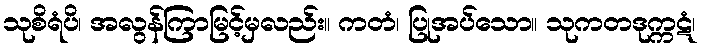
သုစိရံပိ၊ အလွန်ကြာမြင့်မှလည်း။ ကတံ၊ ပြုအပ်သော။ သုကတဒုက္ကဋံ၊